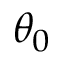
\theta _ { 0 }